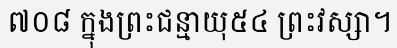
៧០៨ ក្នុងព្រះជន្មាយុ៥៤ ព្រះវស្សា។